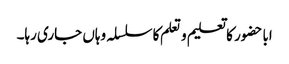
اباحضور کا تعلیم و تعلم کا سلسلہ وہاں جاری رہا۔